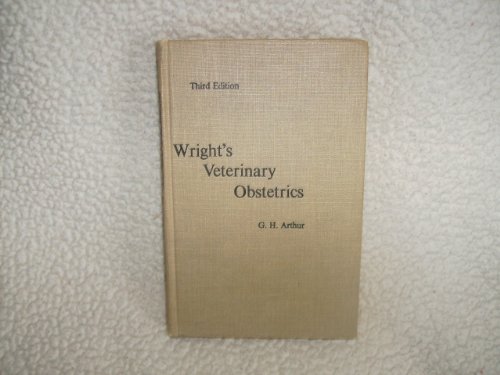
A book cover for Wright's Veterinary Obstetrics; G H Arthur; Medical Books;